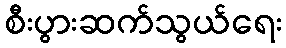
စီးပွားဆက်သွယ်ရေး